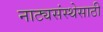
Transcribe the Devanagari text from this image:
नाट्यसंस्थेसाठी